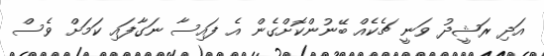
އަދި ރަޝީދު ވަނީ ޗެކެއް ބޭނުންކޮށްގެން އެ ފައިސާ ނަގާފައި ކަމަށް ވެސް